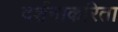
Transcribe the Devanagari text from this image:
दर्शनाकरिता